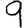
Digit: 9